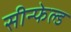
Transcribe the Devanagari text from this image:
सीन्फेल्ड